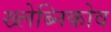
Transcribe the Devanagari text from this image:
ख्लेब्निकोव